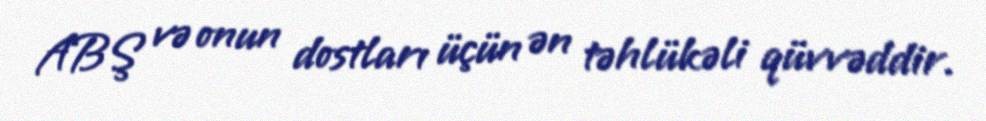
ABŞ və onun dostları üçün ən təhlükəli qüvvəddir.